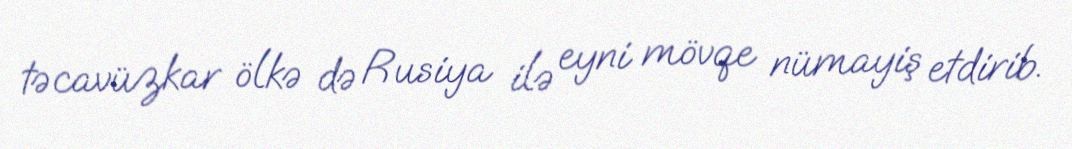
təcavüzkar ölkə də Rusiya ilə eyni mövqe nümayiş etdirib.